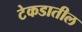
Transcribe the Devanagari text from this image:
टेकडातील